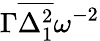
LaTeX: \Gamma\overline{{\Delta_{1}^{2}}}\omega^{-2}